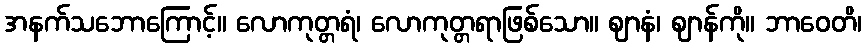
အနက်သဘောကြောင့်။ လောကုတ္တရံ၊ လောကုတ္တရာဖြစ်သော။ ဈာနံ၊ ဈာန်ကို။ ဘာဝေတိ၊